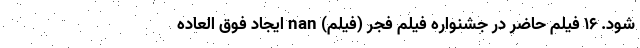
شود. ۱۶ فیلم حاضر در جشنواره فیلم فجر (فیلم) nan ایجاد فوق العاده